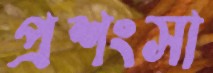
প্রশংসা